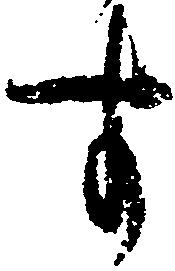
す